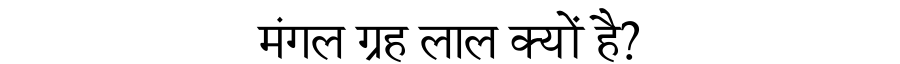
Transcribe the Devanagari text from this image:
मंगल ग्रह लाल क्यों है?